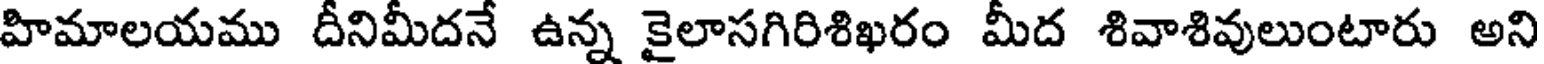
హిమాలయము దీనిమీదనే ఉన్న కైలాసగిరిశిఖరం మీద శివాశివులుంటారు అని